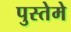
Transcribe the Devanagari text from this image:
पुस्तेमे